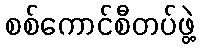
စစ်ကောင်စီတပ်ဖွဲ့